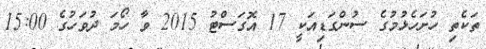
ތަކެތި ހުށަހެޅުމުގެ ސުންގަޑިއަކީ 17 އޮގަސްޓު 2015 ވާ ހޯމަ ދުވަހުގެ 15:00